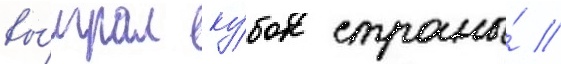
вы́играл ку́бок страны́ //